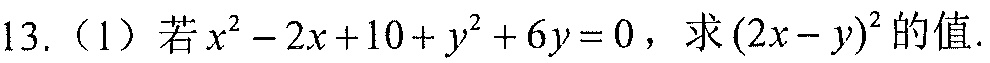
13.（1）若\(x^{2}-2x + 10+y^{2}+6y = 0\)，求\((2x - y)^{2}\)的值.